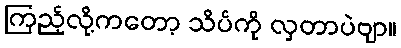
ကြည့်လို့ကတော့ သိပ်ကို လှတာပဲဗျာ။